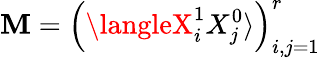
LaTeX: \mathbf{M}=\left(\langleX_{i}^{1}X_{j}^{0}\rangle\right)_{i,j=1}^{r}